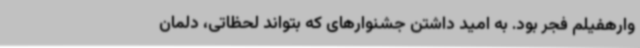
وارهفیلم فجر بود. به امید داشتن جشنوارهای که بتواند لحظاتی، دلمان